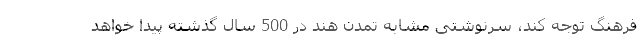
فرهنگ توجه کند، سرنوشتی مشابه تمدن هند در 500 سال گذشته پیدا خواهد